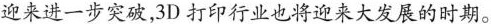
迎来进一步突破,3D打印行业也将迎来大发展的时期。